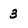
Character: 3